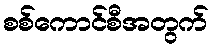
စစ်ကောင်စီအတွက်